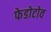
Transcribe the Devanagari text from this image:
फेडोटोव